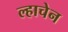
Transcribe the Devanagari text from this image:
ल्हाचेन